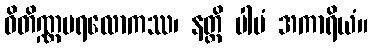
ဝိတိဏ္ဏပရလောကဿ၊ နတ္ထိ ပါပံ အကာရိယံ။